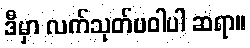
ဒီမှာ လက်သုတ်ပဝါပါ ဆရာ။